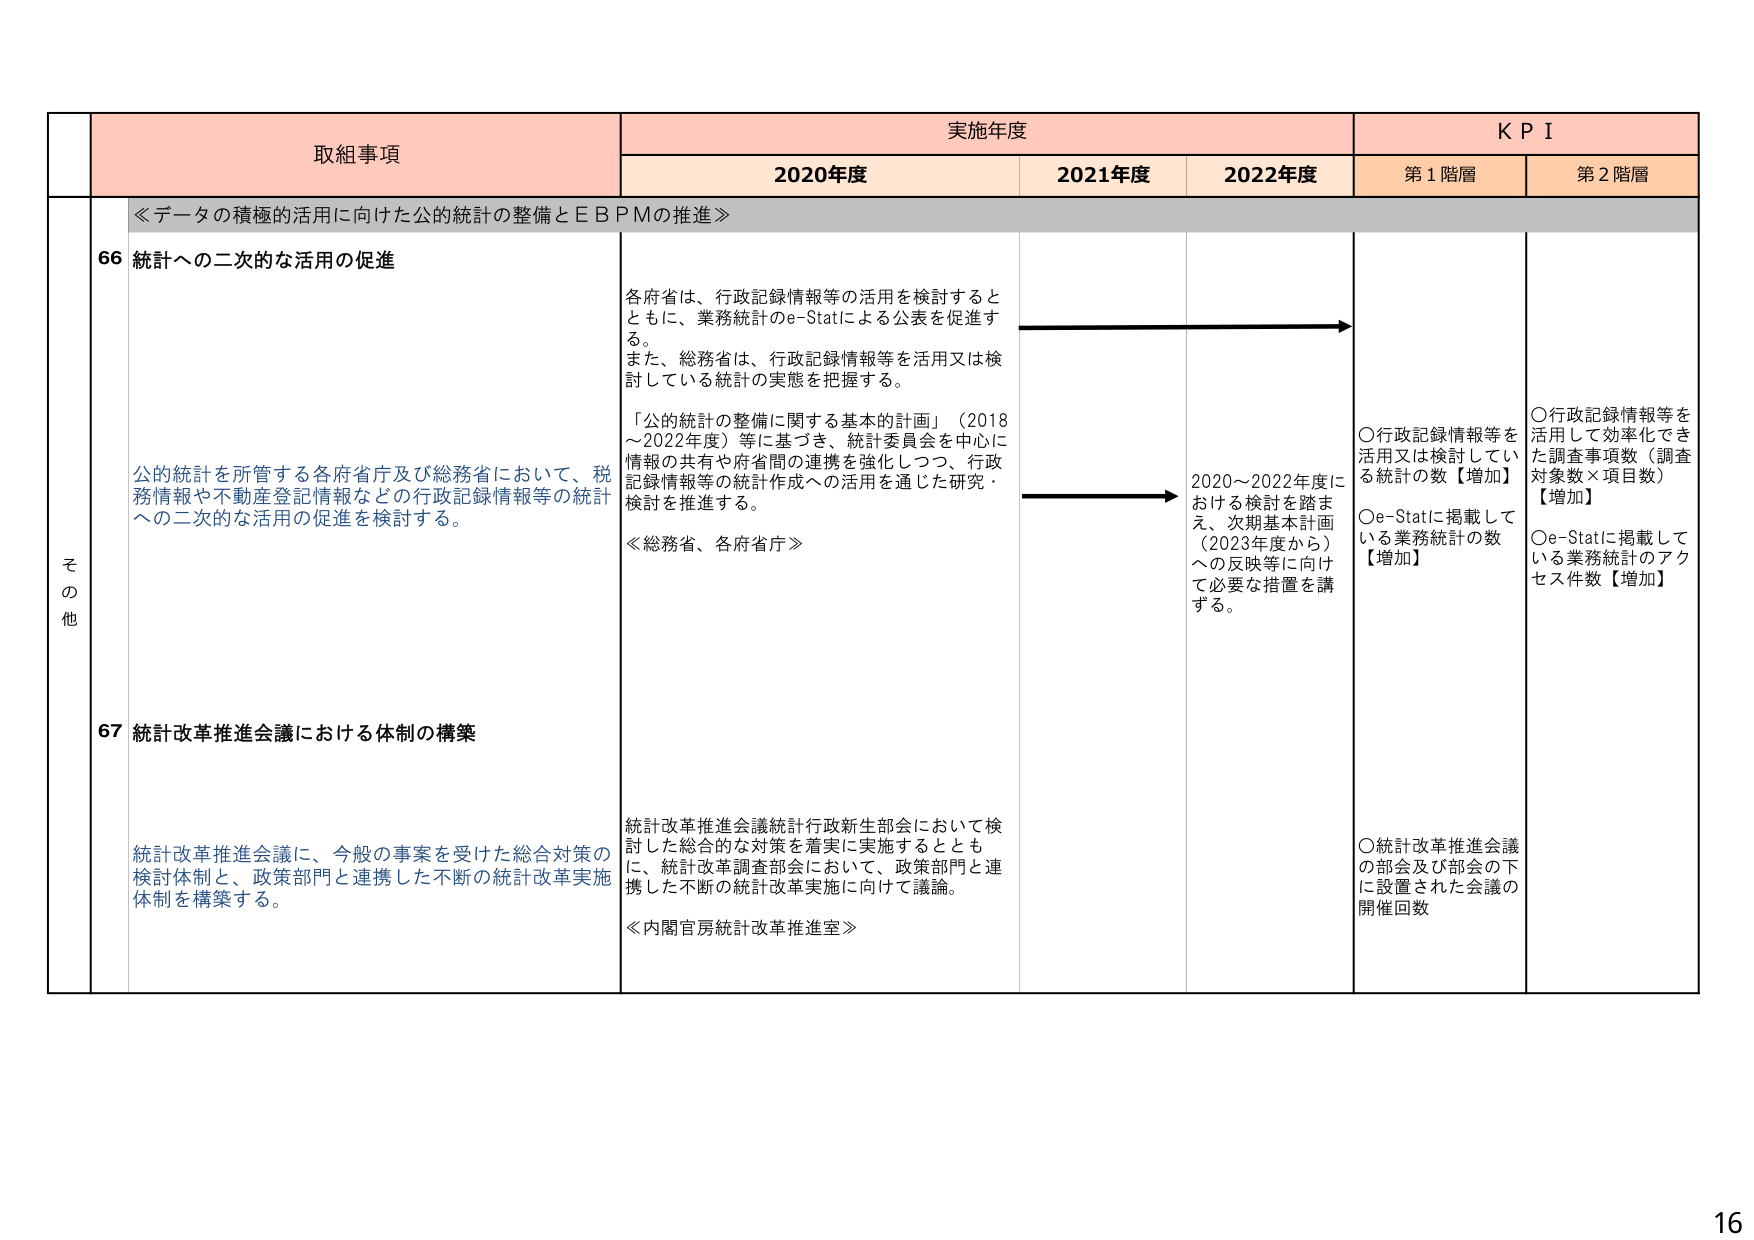
取組事項
実施年度
KPI
2020年度
2021年度
2022年度
第1階層
第2階層
≪データの積極的活用に向けた公的統計の整備とＥＢＰＭの推進≫
その他
66 統計への二次的な活用の促進
公的統計を所管する各府省庁及び総務省において、税務情報や不動産登記情報などの行政記録情報等の統計への二次的な活用の促進を検討する。
各府省は、行政記録情報等の活用を検討するとともに、業務統計のe-Statによる公表を促進する。
また、総務省は、行政記録情報等を活用又は検討している統計の実態を把握する。
「公的統計の整備に関する基本的計画」（2018～2022年度）等に基づき、統計委員会を中心に情報の共有や府省間の連携を強化しつつ、行政記録情報等の統計作成への活用を通じた研究・検討を推進する。
≪総務省、各府省庁≫
2020～2022年度における検討を踏まえ、次期基本計画（2023年度から）への反映等に向けて必要な措置を講ずる。
○行政記録情報等を活用又は検討している統計の数【増加】
○e-Statに掲載している業務統計の数【増加】
○行政記録情報等を活用して効率化できた調査事項数（調査対象数×項目数）【増加】
○e-Statに掲載している業務統計のアクセス件数【増加】
67 統計改革推進会議における体制の構築
統計改革推進会議に、今般の事案を受けた総合対策の検討体制と、政策部門と連携した不断の統計改革実施体制を構築する。
統計改革推進会議統計行政新生部会において検討した総合的な対策を着実に実施するとともに、統計改革調査部会において、政策部門と連携した不断の統計改革実施に向けて議論。
≪内閣官房統計改革推進室≫
○統計改革推進会議の部会及び部会の下に設置された会議の開催回数
16